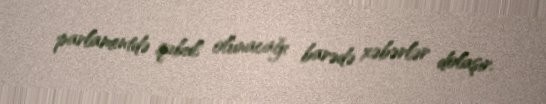
parlamentdə qəbul olunacağı barədə xəbərlər dolaşır.